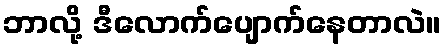
ဘာလို့ ဒီလောက်ပျောက်နေတာလဲ။